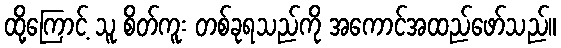
ထို့ကြောင့် သူ စိတ်ကူး တစ်ခုရသည်ကို အကောင်အထည်ဖော်သည်။